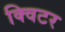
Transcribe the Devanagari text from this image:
क्विटर